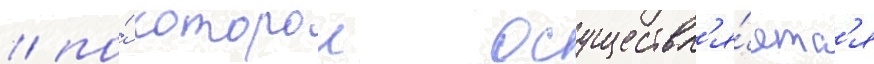
/ по́ которои осуществл'я́етс'я